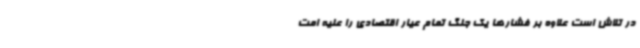
در تلاش است علاوه بر فشارها یک جنگ تمام عیار اقتصادی را علیه امت